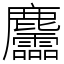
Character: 麢